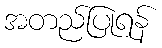
အတည်ပြုရန်